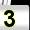
Digit: 3